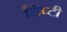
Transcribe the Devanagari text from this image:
डिप्‍टी